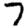
Digit: 7